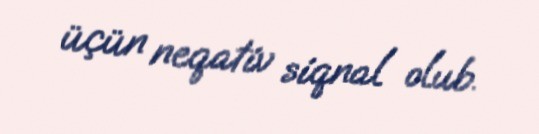
üçün neqativ siqnal olub.